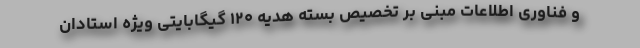
و فناوری اطلاعات مبنی بر تخصیص بسته هدیه ۱۲۰ گیگابایتی ویژه استادان